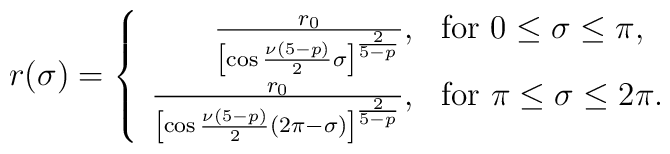
r(\sigma) = \left\{ \begin{array}{rl} \frac{r_0}{\left[\cos\frac{\nu(5-p)}{2}\sigma\right]^{\frac{2}{5-p}}},&\mbox{for $0\le \sigma \le \pi$,}\\\frac{r_0}{\left[\cos\frac{\nu(5-p)}{2}(2\pi-\sigma)\right]^{\frac{2}{5-p}}},& \mbox{for $\pi\le \sigma \le 2\pi$.}\end{array} \right.